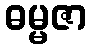
ဓမ္မဇာ